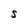
Character: S